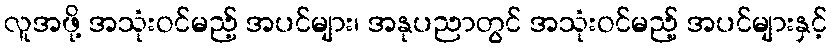
လူအဖို့ အသုံးဝင်မည့် အပင်များ၊ အနုပညာတွင် အသုံးဝင်မည့် အပင်များနှင့်